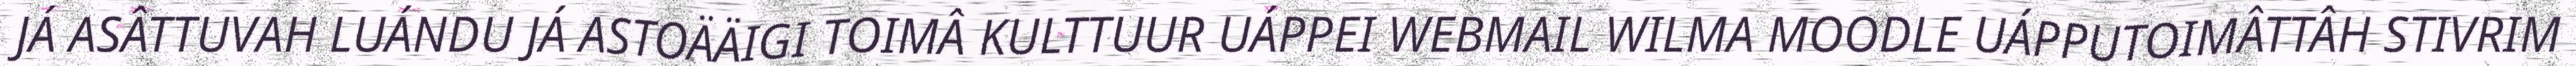
JÁ ASÂTTUVAH LUÁNDU JÁ ASTOÄÄIGI TOIMÂ KULTTUUR UÁPPEI WEBMAIL WILMA MOODLE UÁPPUTOIMÂTTÂH STIVRIM